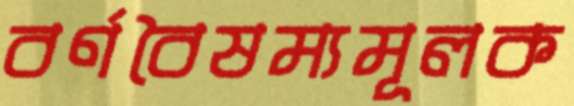
বর্ণবৈষম্যমূলক